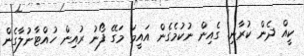
ކީއް ދެން ކުރާނި. ގެއިން ނުކުމެގެން އައީމަ މަގޭ ފޯނު ރުއިން ހުއްޓާނުލާގެން